Madras plague regulations in force outside the Presidency town - Volume 1
Disease focus: Plague
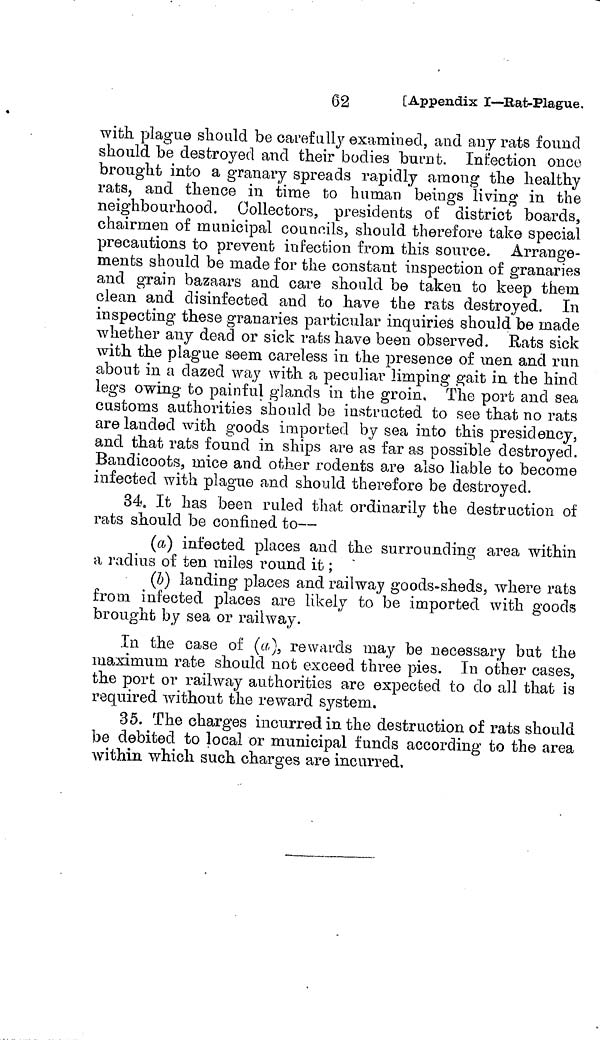
62
[Appendix I—Rat-Plague.
with plague should be carefully examined, and any rats found
should be destroyed and their bodies burnt. Infection once
brought into a granary spreads rapidly among the healthy
rats, and thence in time to human beings living in the
neighbourhood. Collectors, presidents of district boards,
chairmen of municipal councils, should therefore take special
precautions to prevent infection from this source. Arrange-
ments should be made for the constant inspection of granaries
and grain bazaars and care should be taken to keep them
clean and disinfected and to have the rats destroyed. In
inspecting these granaries particular inquiries should be made
whether any dead or sick rats have been observed. Rats sick
with the plague seem careless in the presence of men and run
about in a dazed way with a peculiar limping gait in the hind
legs owing- to painful glands in the groin. The port and sea
customs authorities should be instructed to see that no rats
are lauded with goods imported by sea into this presidency,
and that rats found in ships are as far as possible destroyed.
Bandicoots, mice and other rodents are also liable to become
infected with plague and should therefore be destroyed,
34, It has been ruled that ordinarily the destruction of
rats should be confined to—
(a) infected places and the surrounding area within
a radius of ten miles round it ;
(b) landing places and railway goods-sheds, where rats
from infected places are likely to be imported with goods
brought by sea or railway.
In the case of (a) rewards may be necessary but the
maximum rate should not exceed three pies. In other cases,
the port or railway authorities are expected to do all that is
required without the reward system.
35. The charges incurred in the destruction of rats should
be debited to local or municipal funds according to the area
within which such charges are incurred,